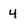
Character: 4